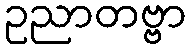
ဥညာတဗ္ဗာ